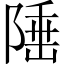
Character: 𨺪